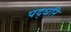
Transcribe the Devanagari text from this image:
पद्धरि